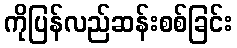
ကိုပြန်လည်ဆန်းစစ်ခြင်း